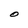
Character: O